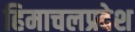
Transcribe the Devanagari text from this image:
हिमाचलप्रदेश